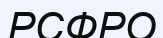
РСФРО